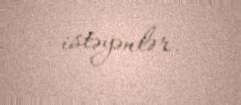
istəyənlər.